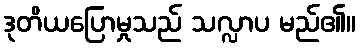
ဒုတိယပြောမှုသည် သလ္လာပ မည်၏။